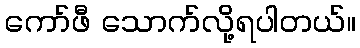
ကော်ဖီ သောက်လို့ရပါတယ်။